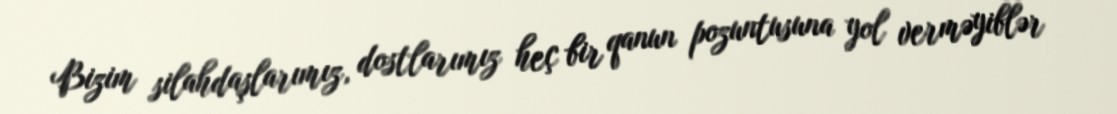
Bizim silahdaşlarımız, dostlarımız heç bir qanun pozuntusuna yol verməyiblər